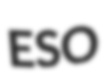
ESO